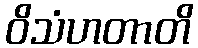
ဝိသံဟတာတိ